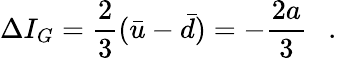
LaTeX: \Delta I_{G}=\frac{2}{3}(\bar{u}-\bar{d})=-\frac{2a}{3}\ \ \ .